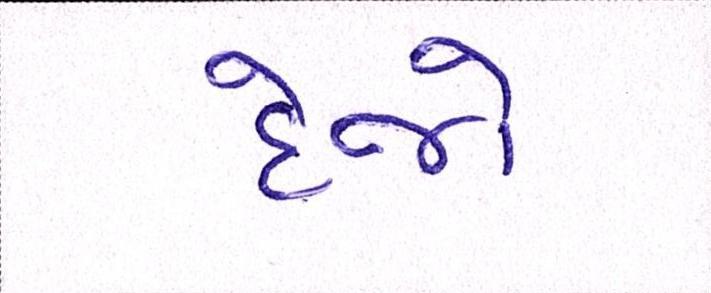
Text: દેજો